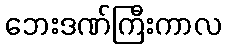
ဘေးဒဏ်ကြီးကာလ